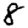
Digit: 8